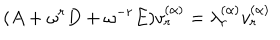
LaTeX: ( A + \omega ^ { r } D + \omega ^ { - r } E ) v _ { r } ^ { ( \alpha ) } = \lambda _ { r } ^ { ( \alpha ) } v _ { r } ^ { ( \alpha ) }